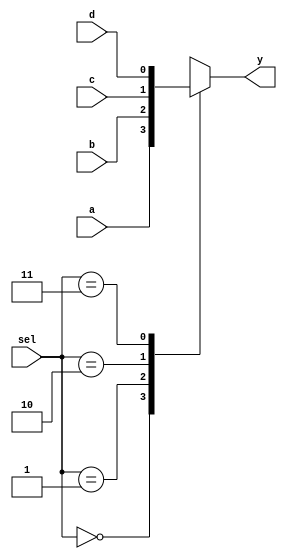
`timescale 1ns / 1ps
//////////////////////////////////////////////////////////////////////////////////
// Company: Xilinx Inc
// Module Name: mux_4_to_1
//////////////////////////////////////////////////////////////////////////////////

module mux_4_to_1(
    input [1:0] sel,
    input a,
    input b,
    input c,
    input d,
    output reg y
    );
    
    reg data;
    
    always @(*) begin
        case(sel)
            2'b00 : y <= a;
            2'b01 : y <= b;
            2'b10 : y <= c;
            2'b11 : y <= d;
            default : y <= a;
        endcase
    end

endmodule